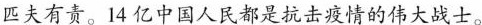
匹夫有责。14亿中国人民都是抗击疫情的伟大战士。